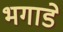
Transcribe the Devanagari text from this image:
भगाडे